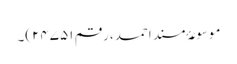
موسوعۂ مسند احمد، رقم ۲۴۷۵۱)۔